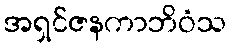
အရှင်ဇနကာဘိဝံသ